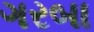
ગરબા